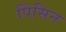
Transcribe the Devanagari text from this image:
पिंसिन